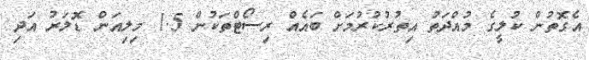
އެގޮތުން ކުލީގެ މުއްދަތު އިތުރުކުރުމަށް ބައެއް ރިސޯޓްތަކުން 1.5 މިލިއަން ޑޮލަރު އަދި